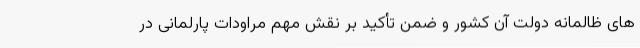
های ظالمانه دولت آن کشور و ضمن تأکید بر نقش مهم مراودات پارلمانی در